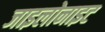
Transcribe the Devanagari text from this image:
जाइलोनाइट